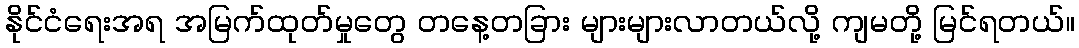
နိုင်ငံရေးအရ အမြက်ထုတ်မှုတွေ တနေ့တခြား များများလာတယ်လို့ ကျမတို့ မြင်ရတယ်။